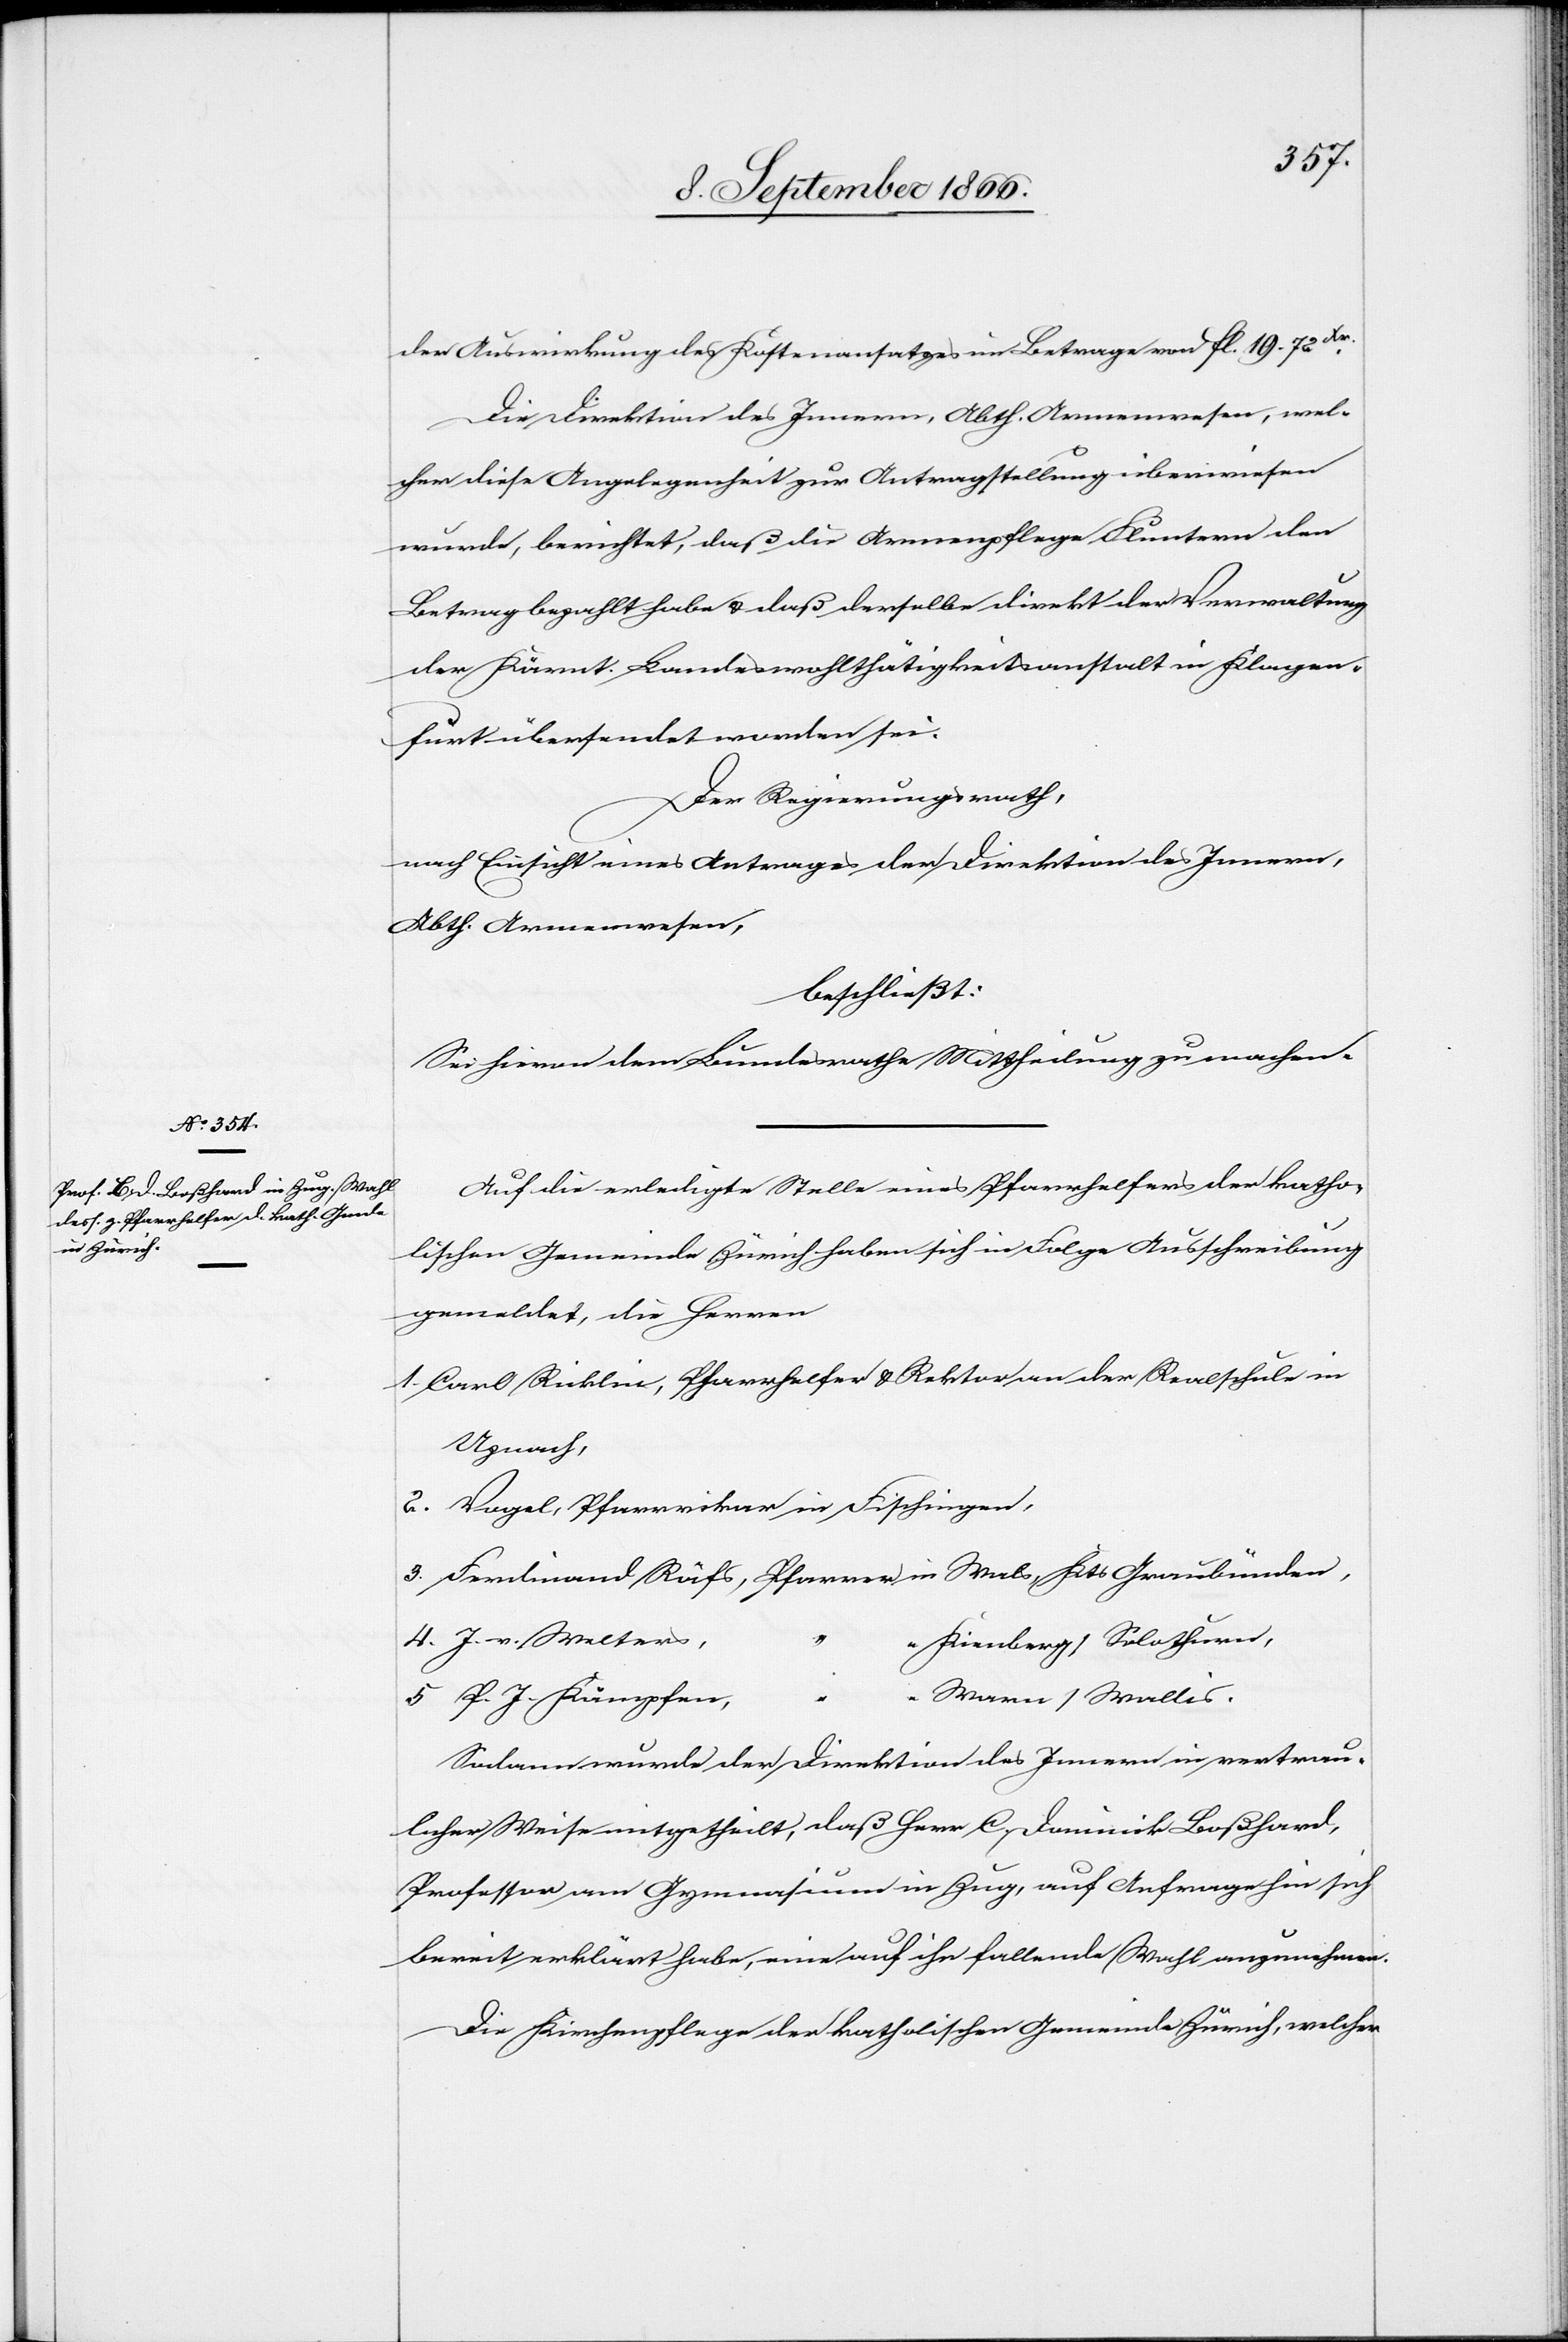
der Auswirkung des Kostenansatzes im Betrage von fl. 19.72 Xr..
Die Direktion des Innern, Abtheilung Armenwesen, wel¬
cher diese Angelegenheit zur Antragstellung überwiesen
wurde, berichtet, daß die Armenpflege Fluntern den
Betrag bezahlt habe u. daß derselbe direkt der Verwaltung
der Kärnt. Landeswohlthätigkeitsanstalt in Klagen¬
furt übersendet worden sei.
Der Regierungsrath,
nach Einsicht eines Antrages der Direktion des Innern,
g Armenwesen,
beschließt:
Sei hievon dem Bundesrathe Mittheilung zu machen.
Auf die erledigte Stelle eines Pfarrhelfers der katho¬
lischen Gemeinde Zürich haben sich in Folge Ausschreibung
gemeldet, die Herren
1. Carl Ricklin, Pfarrhelfer u. Rektor an der Realschule in
Uznach,
2. Vogel, Pfarrvikar in Fischingen,
3. Ferdinand Räfs, Pfarrer in Vals, Kts. Graubünden,
4. J. v. Walters,
“ Kirchberg/Solothurn,
5. P. J. Kämpfer,
allis.
Sodann wurde der Direktion des Innern in vertrau¬
licher Weise mitgetheilt, daß Herr C. Dominik Boßhard,
Professor am Gymnasium in Zug, auf Anfrage hin sich
bereit erklärt habe, eine auf ihn fallende Wahl anzunehmen.
Die Kirchenpflege der katholischen Gemeinde Zürich, welcher